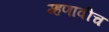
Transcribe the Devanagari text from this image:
म्हणावीच